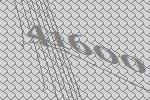
41600